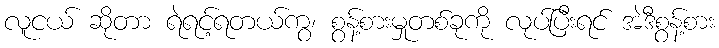
လူငယ် ဆိုတာ ရဲရင့်ရတယ်ကွ၊ စွန့်စားမှုတစ်ခုကို လုပ်ပြီးရင် အဲဒီစွန့်စား